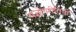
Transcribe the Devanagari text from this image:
यज्ञोपरीतिनी